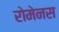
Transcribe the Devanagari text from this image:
रोमेनस